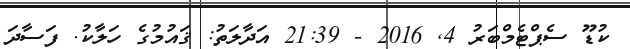
ކުޑޫ ސެޕްޓެމްބަރު 4